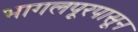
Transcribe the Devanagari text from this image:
भागलपूरपासून